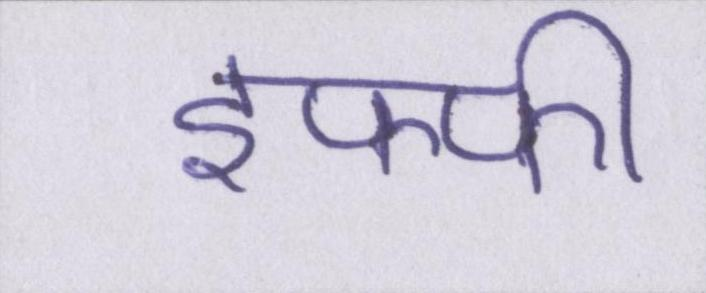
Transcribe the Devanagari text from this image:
इफ्फी